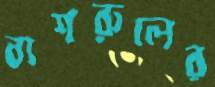
বাশরুলের